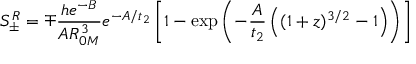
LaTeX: S _ { \pm } ^ { R } = \mp { \frac { h e ^ { - B } } { A R _ { 0 M } ^ { 3 } } } e ^ { - A / t _ { 2 } } \left[ 1 - \exp \left( - { \frac { A } { t _ { 2 } } } \left( ( 1 + z ) ^ { 3 / 2 } - 1 \right) \right) \right]